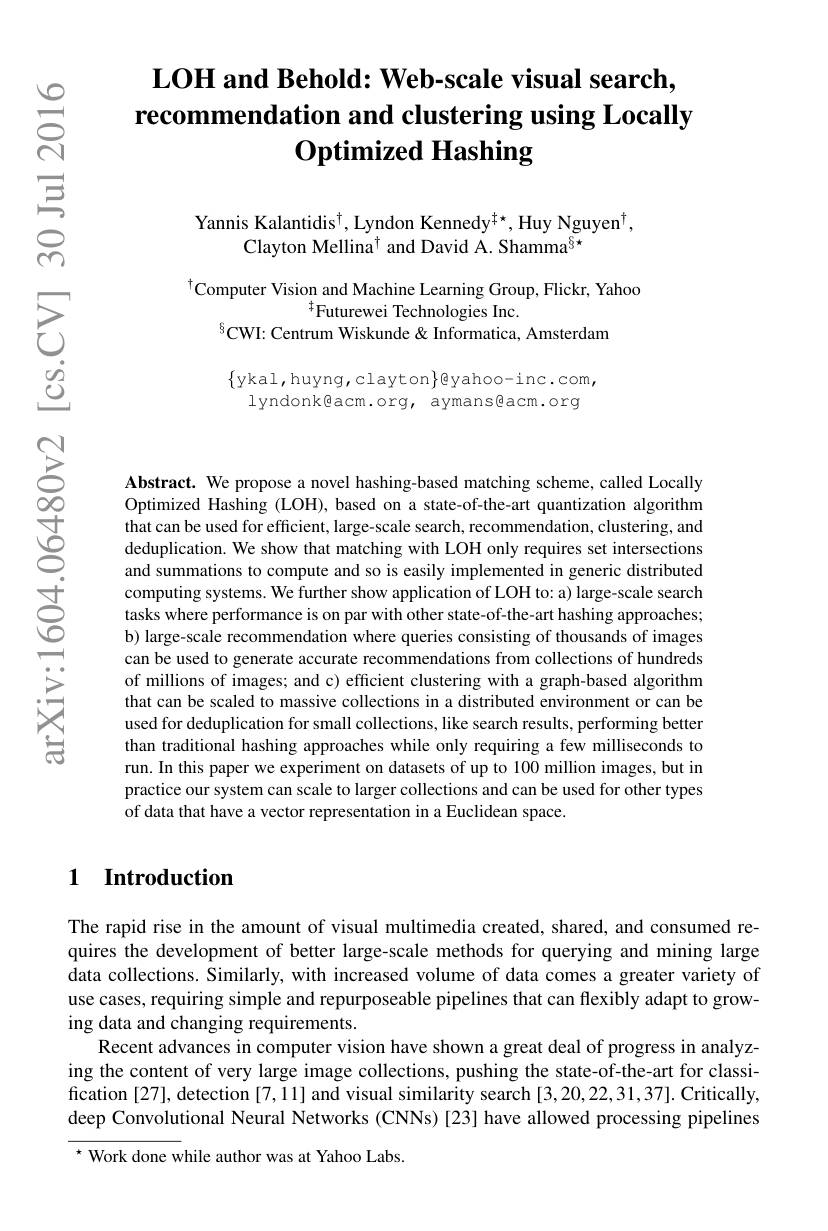
## LOH and Behold: Web-scale visual search recommendation and clustering using Locally $\mathbf{O}$ptimized Hashing

Yannis Kalantidis$^\dagger$,Lyndon Kennedy$^\dagger*$,Huy Nguyen$^\dagger$,
Clayton Mellina$^\dagger$ and David A. Shamma$^{\S\star}$

$^{\dagger}$Computer Vision and Machine Learning Group, Flickr, Yahoo
$^{\dagger}$Futurewei Technologies Inc.
$^{6}$CWI: Centrum Wiskunde & Informatica, Amsterdam

$\{$ykal,huyng,clayton$\}$eyahoo-inc.com,
lyndonk@acm.org, aymans@acm.org

Abstract. We propose a novel hashing-based matching scheme, called Locally Optimized Hashing (LOH), based on a state-of-the-art quantization algorithm that can be used for efficient, large-scale search, recommendation, clustering, and deduplication. We show that matching with LOH only requires set intersections and summations to compute and so is easily implemented in generic distributed computing systems. We further show application of LOH to: a) large-scale search tasks where performance is on par with other state-of-the-art hashing approaches; b) large-scale recommendation where queries consisting of thousands of images can be used to generate accurate recommendations from collections of hundreds of millions of images; and c) efficient clustering with a graph-based algorithm that can be scaled to massive collections in a distributed environment or can be used for deduplication for small collections, like search results, performing better than traditional hashing approaches while only requiring a few milliseconds to run. In this paper we experiment on datasets of up to 100 million images, but in practice our system can scale to larger collections and can be used for other types of data that have a vector representation in a Euclidean space.

## 1 Introduction

The rapid rise in the amount of visual multimedia created, shared, and consumed requires the development of better large-scale methods for querying and mining large data collections. Similarly, with increased volume of data comes a greater variety of use cases, requiring simple and repurposeable pipelines that can flexibly adapt to growing data and changing requirements.
Recent advances in computer vision have shown a great deal of progress in analyzing the content of very large image collections, pushing the state-of-the-art for classification [27], detection [7,11] and visual similarity search [3,20,22,31,37]. Critically deep Convolutional Neural Networks (CNNs) [23] have allowed processing pipelines $^{\star}$ Work done while author was at Yahoo Labs